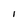
Character: I